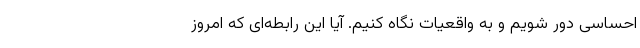
احساسی دور شویم و به واقعیات نگاه کنیم. آیا این رابطه‌ای که امروز